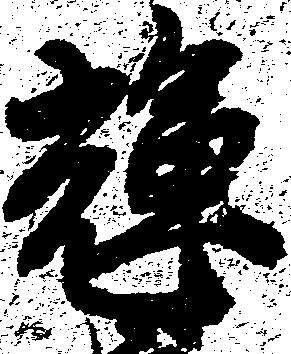
輝